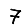
Digit: 7